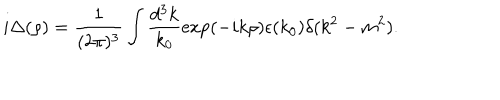
i \Delta ( \rho ) = \frac { 1 } { ( 2 \pi ) ^ { 3 } } \int \frac { d ^ { 3 } k } { k _ { 0 } } \exp ( - i k \rho ) \epsilon ( k _ { 0 } ) \delta ( k ^ { 2 } - m ^ { 2 } ) .